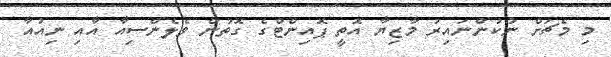
މި މެޗަށް ނުކުންނައިރު މާޒިޔާ އޮތީ ޕޮއިންޓްގެ ގޮތުން ވެލެންސިއާ އާއި ނިއުއާ